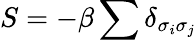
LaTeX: S=-\beta\sum\delta_{\sigma_{i}\sigma_{j}}